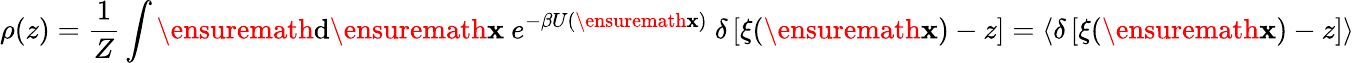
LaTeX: \rho(z)=\frac{1}{Z}\int\ensuremath{\mathrm{d}}\ensuremath{\mathbf{x}}\ e^{-\beta U(\ensuremath{\mathbf{x}})}\ \delta\left[\xi(\ensuremath{\mathbf{x}})-z\right]=\left<\delta\left[\xi(\ensuremath{\mathbf{x}})-z\right]\right>